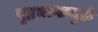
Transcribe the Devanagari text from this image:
पृष्ठभागामुळे